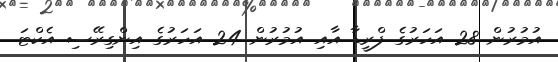
އުމުރުން 28 އަހަރުގެ ފްރީޑާ އާއި އުމުރުން 24 އަހަރުގެ އިންގިރޭސި އެކްޓަ